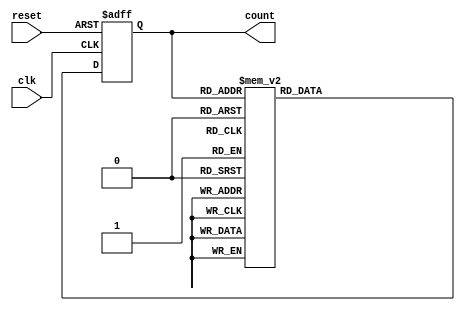
module decade_ring_counter (
    input wire clk,        // Clock input
    input wire reset,      // Reset input
    output reg [3:0] count // 4-bit output representing the current state
);

// Initial state
initial begin
    count = 4'b0000; // Set initial state to 0
end

always @(posedge clk or posedge reset) begin
    if (reset) begin
        count <= 4'b0000; // Reset to 0
    end
    else begin
        // Transition logic for the ring counter
        case (count)
            4'b0000: count <= 4'b0001;
            4'b0001: count <= 4'b0010;
            4'b0010: count <= 4'b0011;
            4'b0011: count <= 4'b0100;
            4'b0100: count <= 4'b0101;
            4'b0101: count <= 4'b0110;
            4'b0110: count <= 4'b0111;
            4'b0111: count <= 4'b1000;
            4'b1000: count <= 4'b1001;
            4'b1001: count <= 4'b0000; // Wrap back to 0
            default: count <= 4'b0000; // Handle any unexpected state
        endcase
    end
end

endmodule